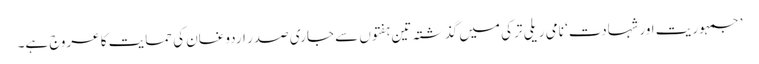
’جمہوریت اور شہادت‘ نامی ریلی ترکی میں گذشتہ تین ہفتوں سے جاری صدر اردوغان کی حمایت کا عروج ہے۔